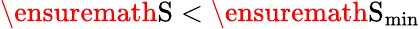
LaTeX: \ensuremath\mathrm{{S}}<\ensuremath\mathrm{{S}}_{\mathrm{min}}